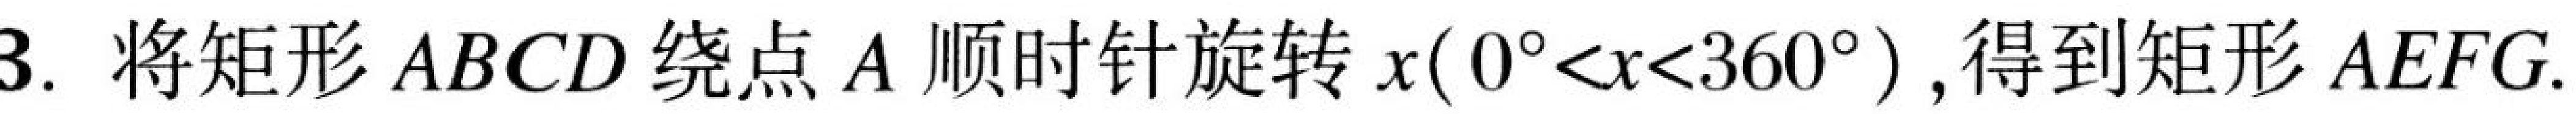
3. 将矩形 \(ABCD\) 绕点 \(A\) 顺时针旋转 \(x(0^{\circ}<x<360^{\circ})\),得到矩形 \(AEFG\).